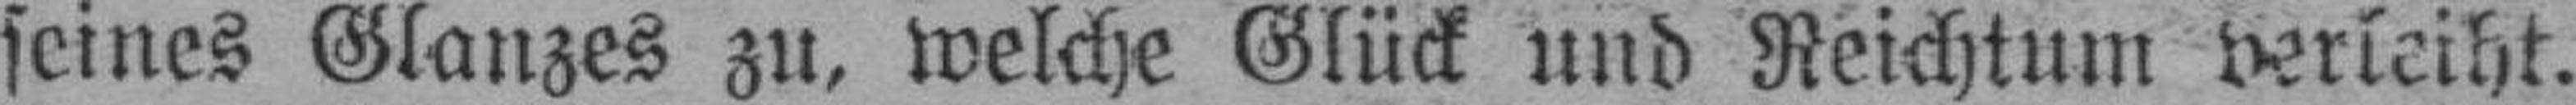
seines Glanzes zu, welche Glück und Reichtum verleiht.